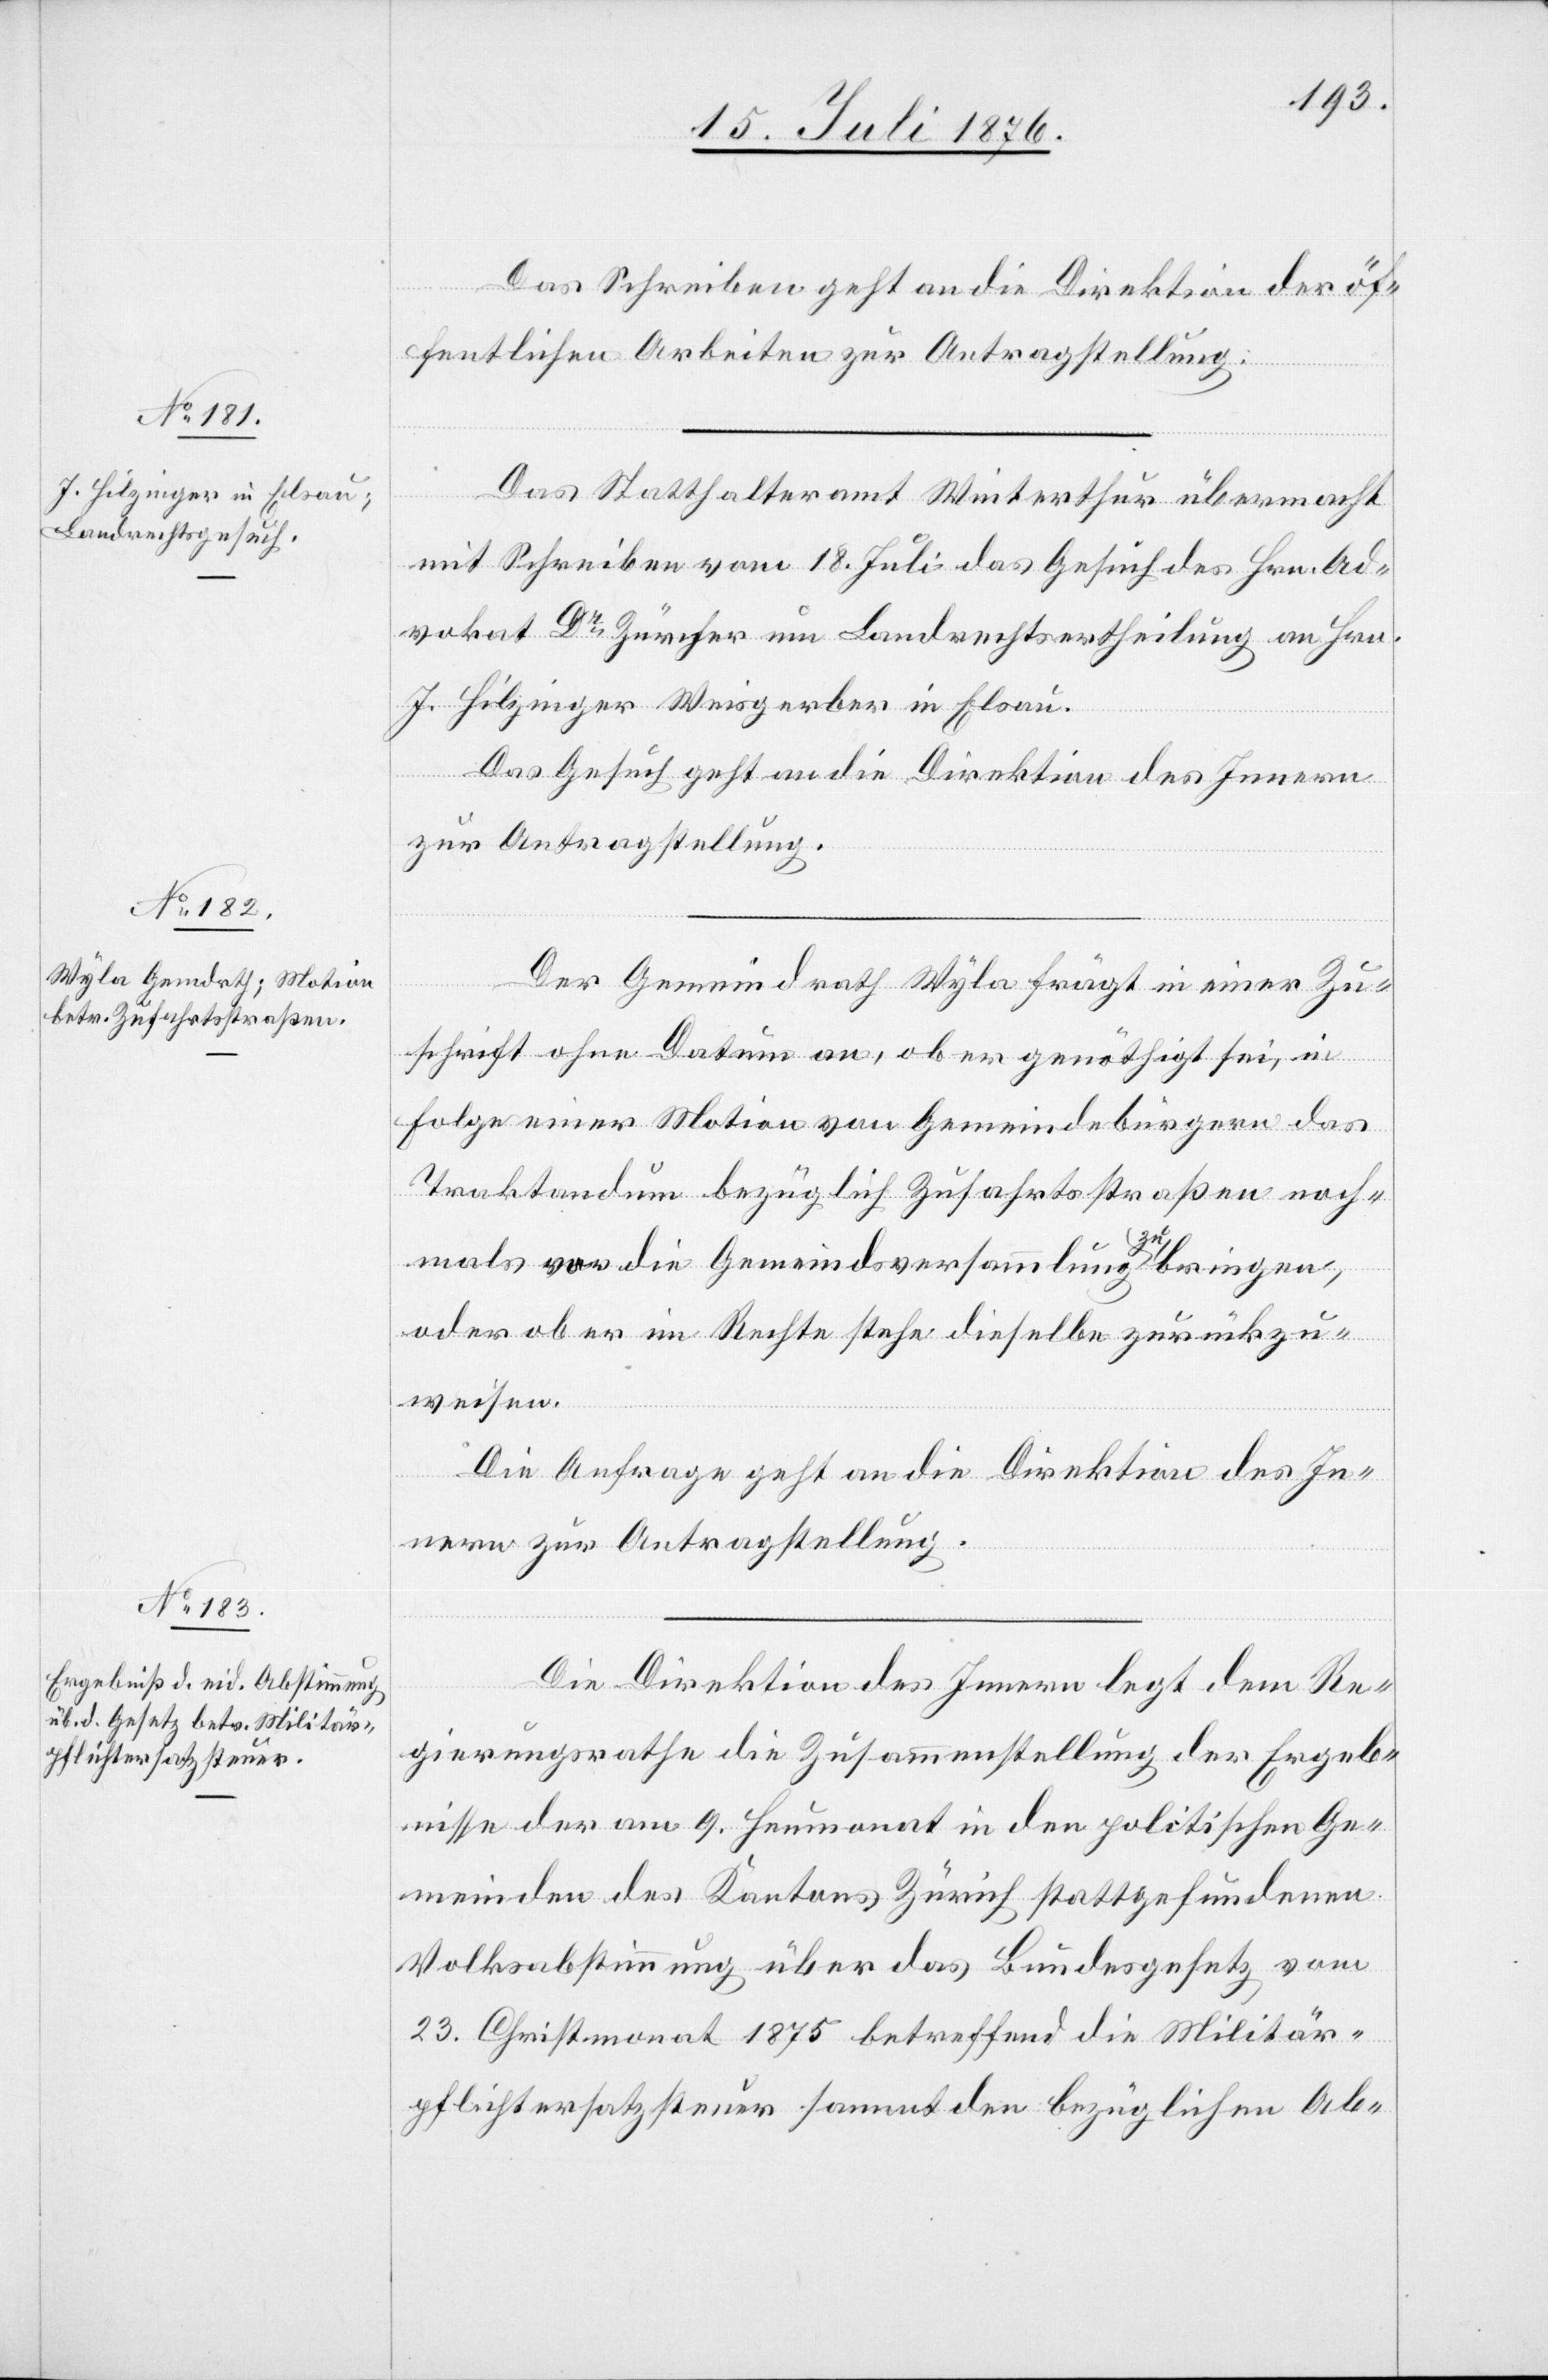
19. Juli 1876.]
Das Schreiben geht an die Direktion der öf¬
fentlichen Arbeiten zur Antragstellung.
Das Statthalteramt Winterthur übermacht
mit Schreiben vom 18. Juli das Gesuch des Hrn. Ad¬
vokat Dr Zürcher um Landrechtsertheilung an Hrn.
J. Hilzinger Weisgerber in Elsau.
Das Gesuch geht an die Direktion des Innern
zur Antragstellung.
Der Gemeindrath Wyla frägt in einer Zu¬
schrift ohne Datum an, ob er genöthigt sei, in
Folge einer Motion von Gemeindebürgen das
Traktandum bezüglich Zufahrtstraßen noch¬
mals vor die Gemeindsversammlung a zu a bringen,
oder aber im Rechte stehe dieselbe zurückzu¬
weisen.
Die Anfrage geht an die Direktion des In¬
nern zur Antragstellung.
Die Direktion des Innern legt dem Re¬
gierungsrathe die Zusammenstellung der Ergeb¬
nisse der am 9. Heumonat in den politischen Ge¬
meinden des Kantons Zürich stattgefundenen
Volksabstimmung über das Bundesgesetz vom
23. Christmonat 1875 betreffend die Militär¬
pflichtersatzsteuer sammt den bezüglichen Ab-